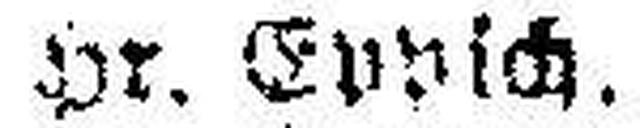
Hr. Eppsch.